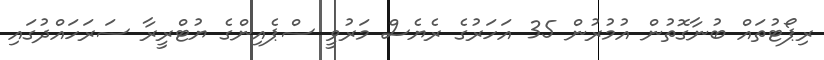
ރިޕޯޓުތައް ބުނާގޮތުން އުމުރުން 35 އަހަރުގެ ރެޔެސް މަރުވީ ސްޕެއިންގެ ޔުޓްރީރާ ސަރަހައްދުގައި